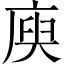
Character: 庾